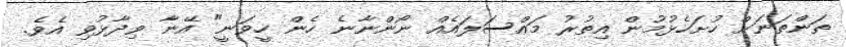
ތަންތަނަށް ހުށަހެޅުމުން އިތުރު މައްސަލައެއް ނޯންނާނެ ހެން ހީވަނީ" އޭނާ ވިދާޅުވި އެވެ.